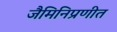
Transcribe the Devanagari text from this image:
जैमिनिप्रणीत